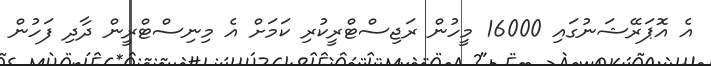
އެ އޮޕަރޭޝަނުގައި 16000 މީހުން ރަޖިސްޓްރީކުރި ކަމަށް އެ މިނިސްޓްރީން ދާދި ފަހުން